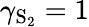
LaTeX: \gamma_{\mathrm{S_{2}}}=1